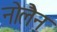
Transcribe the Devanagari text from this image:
नोलैन